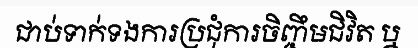
ជាប់ទាក់ទងការប្រជុំការចិញ្ចឹមជិវិត ឬ